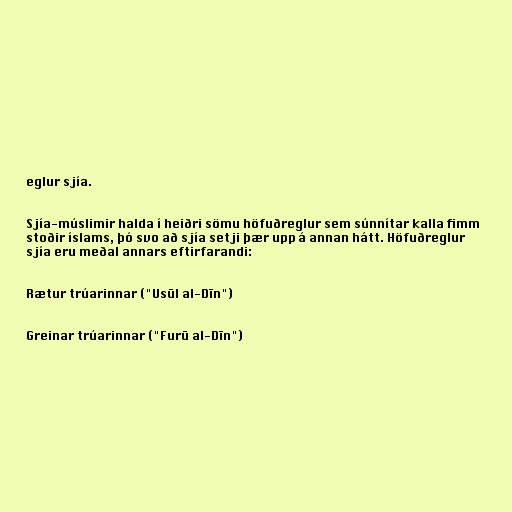
eglur sjía.

Sjía-múslimir halda í heiðri sömu höfuðreglur sem súnnítar kalla fimm
stoðir íslams, þó svo að sjía setji þær upp á annan hátt. Höfuðreglur
sjía eru meðal annars eftirfarandi:

Rætur trúarinnar ("Usūl al-Dīn")

Greinar trúarinnar ("Furū al-Dīn")